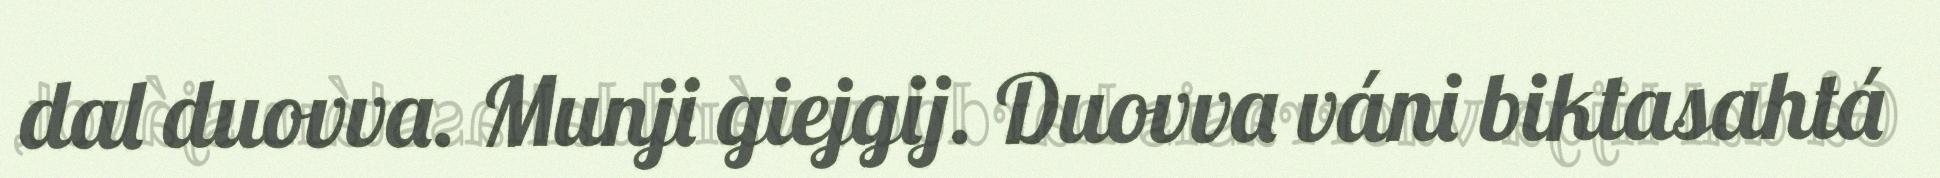
dal duovva. Munji giejgij. Duovva váni biktasahtá